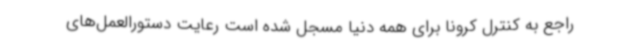
راجع به کنترل کرونا برای همه دنیا مسجل شده است رعایت دستورالعمل‌های